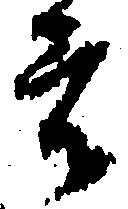
者